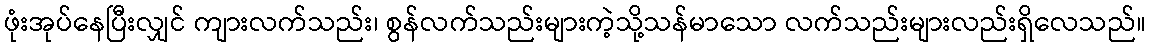
ဖုံးအုပ်နေပြီးလျှင် ကျားလက်သည်း၊ စွန်လက်သည်းများကဲ့သို့သန်မာသော လက်သည်းများလည်းရှိလေသည်။